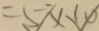
= 5 \times 1 0